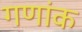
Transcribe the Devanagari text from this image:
गणांक